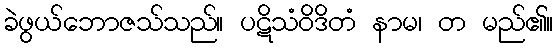
ခဲဖွယ်ဘောဇသ်သည်။ ပဋိသံဝိဒိတံ နာမ၊ တ မည်၏။